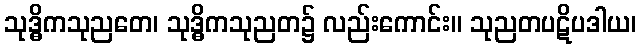
သုဒ္ဓိကသုညတေ၊ သုဒ္ဓိကသုညတ၌ လည်းကောင်း။ သုညတပဋိပဒါယ၊